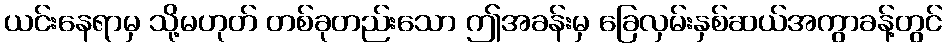
ယင်းနေရာမှ သို့မဟုတ် တစ်ခုတည်းသော ဤအခန်းမှ ခြေလှမ်းနှစ်ဆယ်အကွာခန့်တွင်